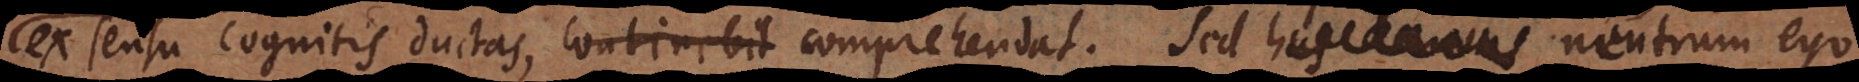
ex sensu cognitis ductas, comprehendat. Sed neutrum ego